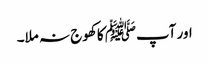
اور آپﷺ کا کھوج نہ ملا۔